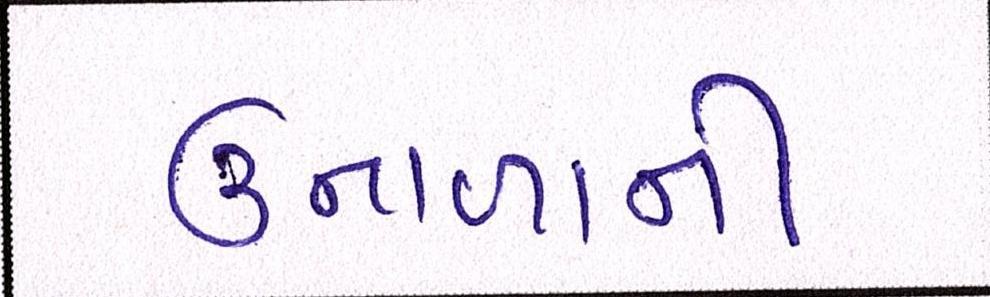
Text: ઉનાળાની